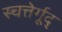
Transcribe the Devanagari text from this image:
स्चत्तेर्गूद्